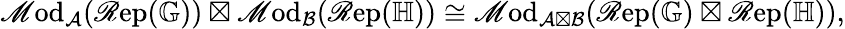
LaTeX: \mathscr{M}\mathrm{od}_{\mathcal{A}}(\mathscr{R}\mathrm{ep}(\mathbb{G}))\boxtimes\mathscr{M}\mathrm{od}_{\mathcal{B}}(\mathscr{R}\mathrm{ep}(\mathbb{H}))\cong\mathscr{M}\mathrm{od}_{\mathcal{A}\boxtimes\mathcal{B}}(\mathscr{R}\mathrm{ep}(\mathbb{G})\boxtimes\mathscr{R}\mathrm{ep}(\mathbb{H})),